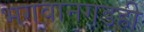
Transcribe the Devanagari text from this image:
भगवानगडही